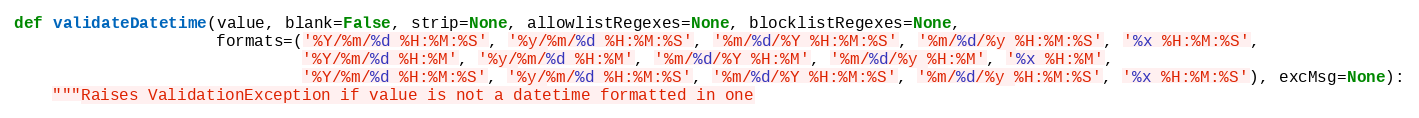
Language: Python
def validateDatetime(value, blank=False, strip=None, allowlistRegexes=None, blocklistRegexes=None,
                     formats=('%Y/%m/%d %H:%M:%S', '%y/%m/%d %H:%M:%S', '%m/%d/%Y %H:%M:%S', '%m/%d/%y %H:%M:%S', '%x %H:%M:%S',
                              '%Y/%m/%d %H:%M', '%y/%m/%d %H:%M', '%m/%d/%Y %H:%M', '%m/%d/%y %H:%M', '%x %H:%M',
                              '%Y/%m/%d %H:%M:%S', '%y/%m/%d %H:%M:%S', '%m/%d/%Y %H:%M:%S', '%m/%d/%y %H:%M:%S', '%x %H:%M:%S'), excMsg=None):
    """Raises ValidationException if value is not a datetime formatted in one